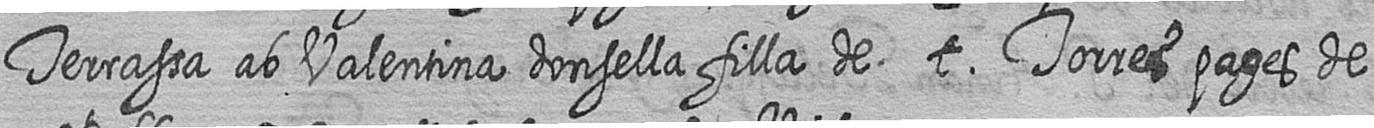
Terrassa ab Valentina donsella filla de t Torres pages de